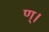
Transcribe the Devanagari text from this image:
ण्।